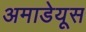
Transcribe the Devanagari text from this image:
अमाडेयूस